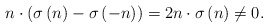
\begin{align*}n\cdot\left( \sigma\left( n\right) -\sigma\left( -n\right) \right)=2n\cdot\sigma\left( n\right) \neq0.\end{align*}